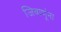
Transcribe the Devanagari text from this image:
जिवाणूंना